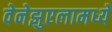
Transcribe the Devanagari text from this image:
वेनेझुएलामध्ये